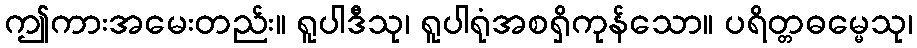
ဤကားအမေးတည်း။ ရူပါဒီသု၊ ရူပါရုံအစရှိကုန်သော။ ပရိတ္တဓမ္မေသု၊